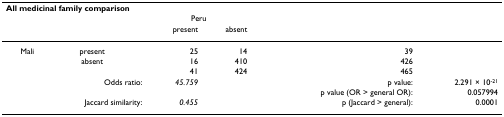
<table><thead><tr><td colspan="6"><b>All medicinal family comparison</b></td></tr><tr><td></td><td></td><td colspan="2"><b>Peru</b></td><td></td><td></td></tr><tr><td></td><td></td><td><b>present</b></td><td><b>absent</b></td><td></td><td></td></tr></thead><tbody><tr><td>Mali</td><td>present</td><td>25</td><td>14</td><td>39</td><td></td></tr><tr><td></td><td>absent</td><td>16</td><td>410</td><td>426</td><td></td></tr><tr><td></td><td></td><td>41</td><td>424</td><td>465</td><td></td></tr><tr><td></td><td>Odds ratio:</td><td><i>45.759</i></td><td></td><td>p value:</td><td>2.291 × 10<sup>-21</sup></td></tr><tr><td></td><td></td><td></td><td></td><td>p value (OR &gt; general OR):</td><td>0.057994</td></tr><tr><td></td><td>Jaccard similarity:</td><td><i>0.455</i></td><td></td><td>p (Jaccard &gt; general):</td><td>0.0001</td></tr></tbody></table>